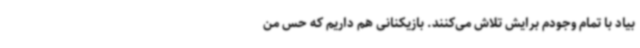
بیاد با تمام وجودم برایش تلاش می‌کنند. بازیکنانی هم داریم که حس من